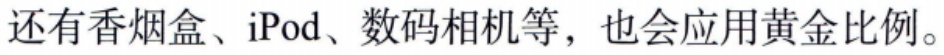
还有香烟盒、iPod、数码相机等，也会应用黄金比例。